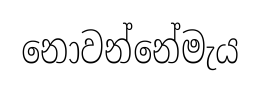
නොවන්නේමැය